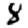
Digit: 8